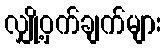
လျှို့ဝှက်ချက်များ